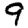
Digit: 9